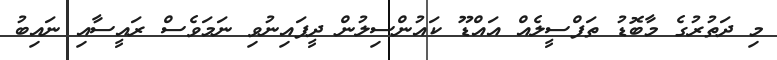
މި ދަތުރުގެ މާބޮޑު ތަފްސީލެއް އައްޑޫ ކައުންސިލުން ދީފައިނުވި ނަމަވެސް ރައީސާއި ނައިބު